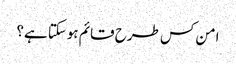
امن کس طرح قائم ہوسکتا ہے؟